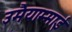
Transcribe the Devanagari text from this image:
उमैयाम्माई